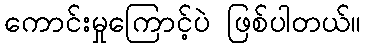
ကောင်းမှုကြောင့်ပဲ ဖြစ်ပါတယ်။